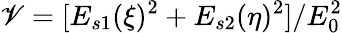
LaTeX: \mathscr{V}=[E_{s1}(\xi)^{2}+E_{s2}(\eta)^{2}]/E_{0}^{2}